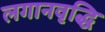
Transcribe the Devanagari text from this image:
लगानवृद्धि